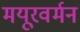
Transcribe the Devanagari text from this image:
मयूरवर्मन